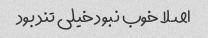
اصلا خوب نبود خیلی تند بود